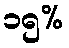
၁၅%